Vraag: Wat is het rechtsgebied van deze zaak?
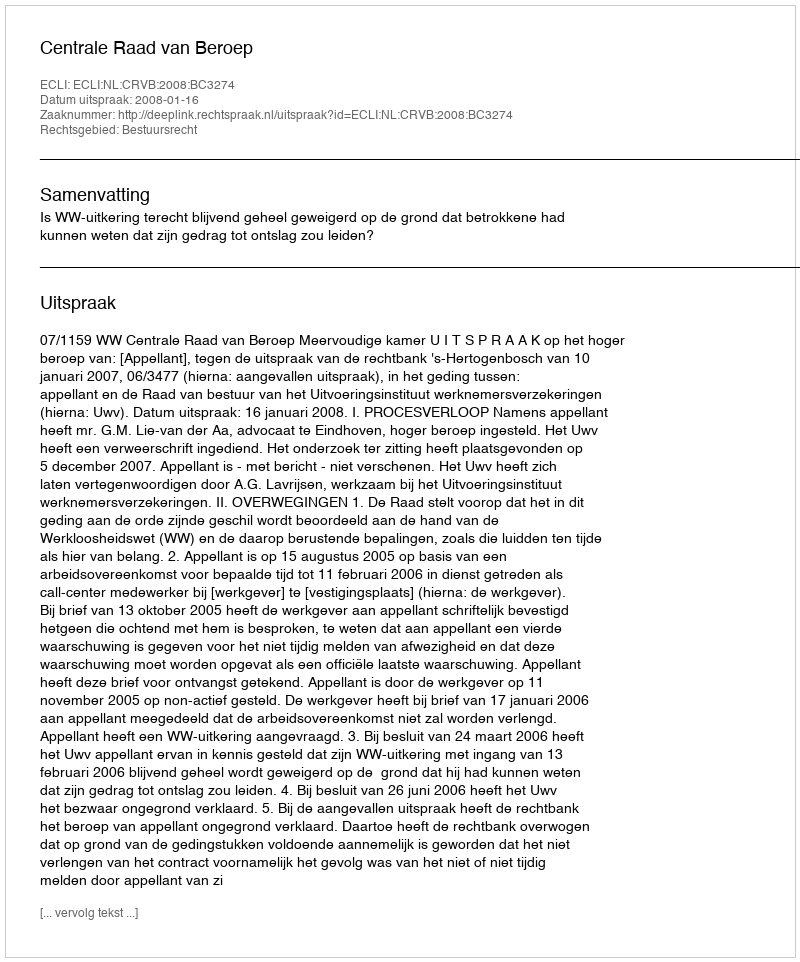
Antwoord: Bestuursrecht